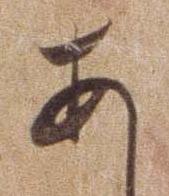
あ